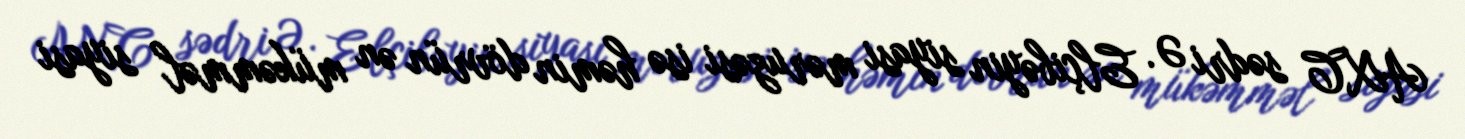
AXC sədri Ə. Elçibəyin siyasi məruzəsi isə həmin dövrün ən mükəmməl siyasi